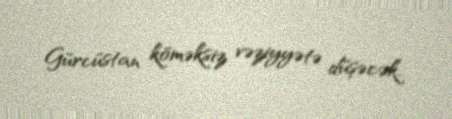
Gürcüstan köməksiz vəziyyətə düşəcək.